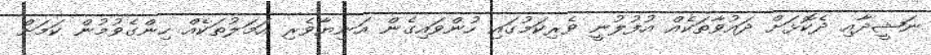
ނަޝީދާއި ދެކޮޅަށް ދައުވާތަކެއް އުފުލުނީ ވެރިކަމުގައި ހުންވައިގެން އަނިޔާވެރި އަމަލުތަކެއް ހިންގެވުމުން ކަމަށް